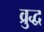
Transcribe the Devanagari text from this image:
व्रुद्ध